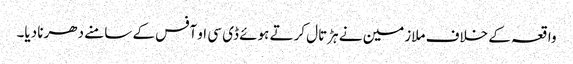
واقعہ کے خلاف ملازمین نے ہڑتال کرتے ہوئے ڈی سی او آفس کے سامنے دھرنا دیا۔